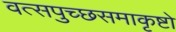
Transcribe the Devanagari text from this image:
वत्सपुच्छसमाकृष्टो